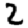
Digit: 2